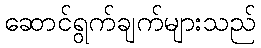
ဆောင်ရွက်ချက်များသည်